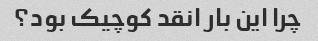
چرا این بار انقد کوچیک بود؟